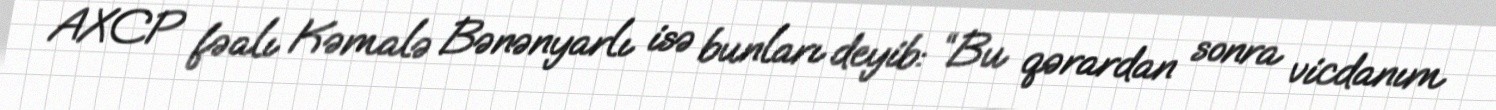
AXCP fəalı Kəmalə Bənənyarlı isə bunları deyib: “Bu qərardan sonra vicdanım